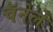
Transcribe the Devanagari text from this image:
चॅनेले